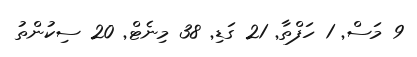
9 މަސް